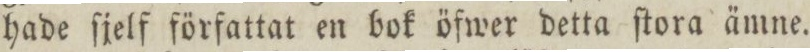
hade ſjelf författat en bok öfwer detta ſtora ämne.